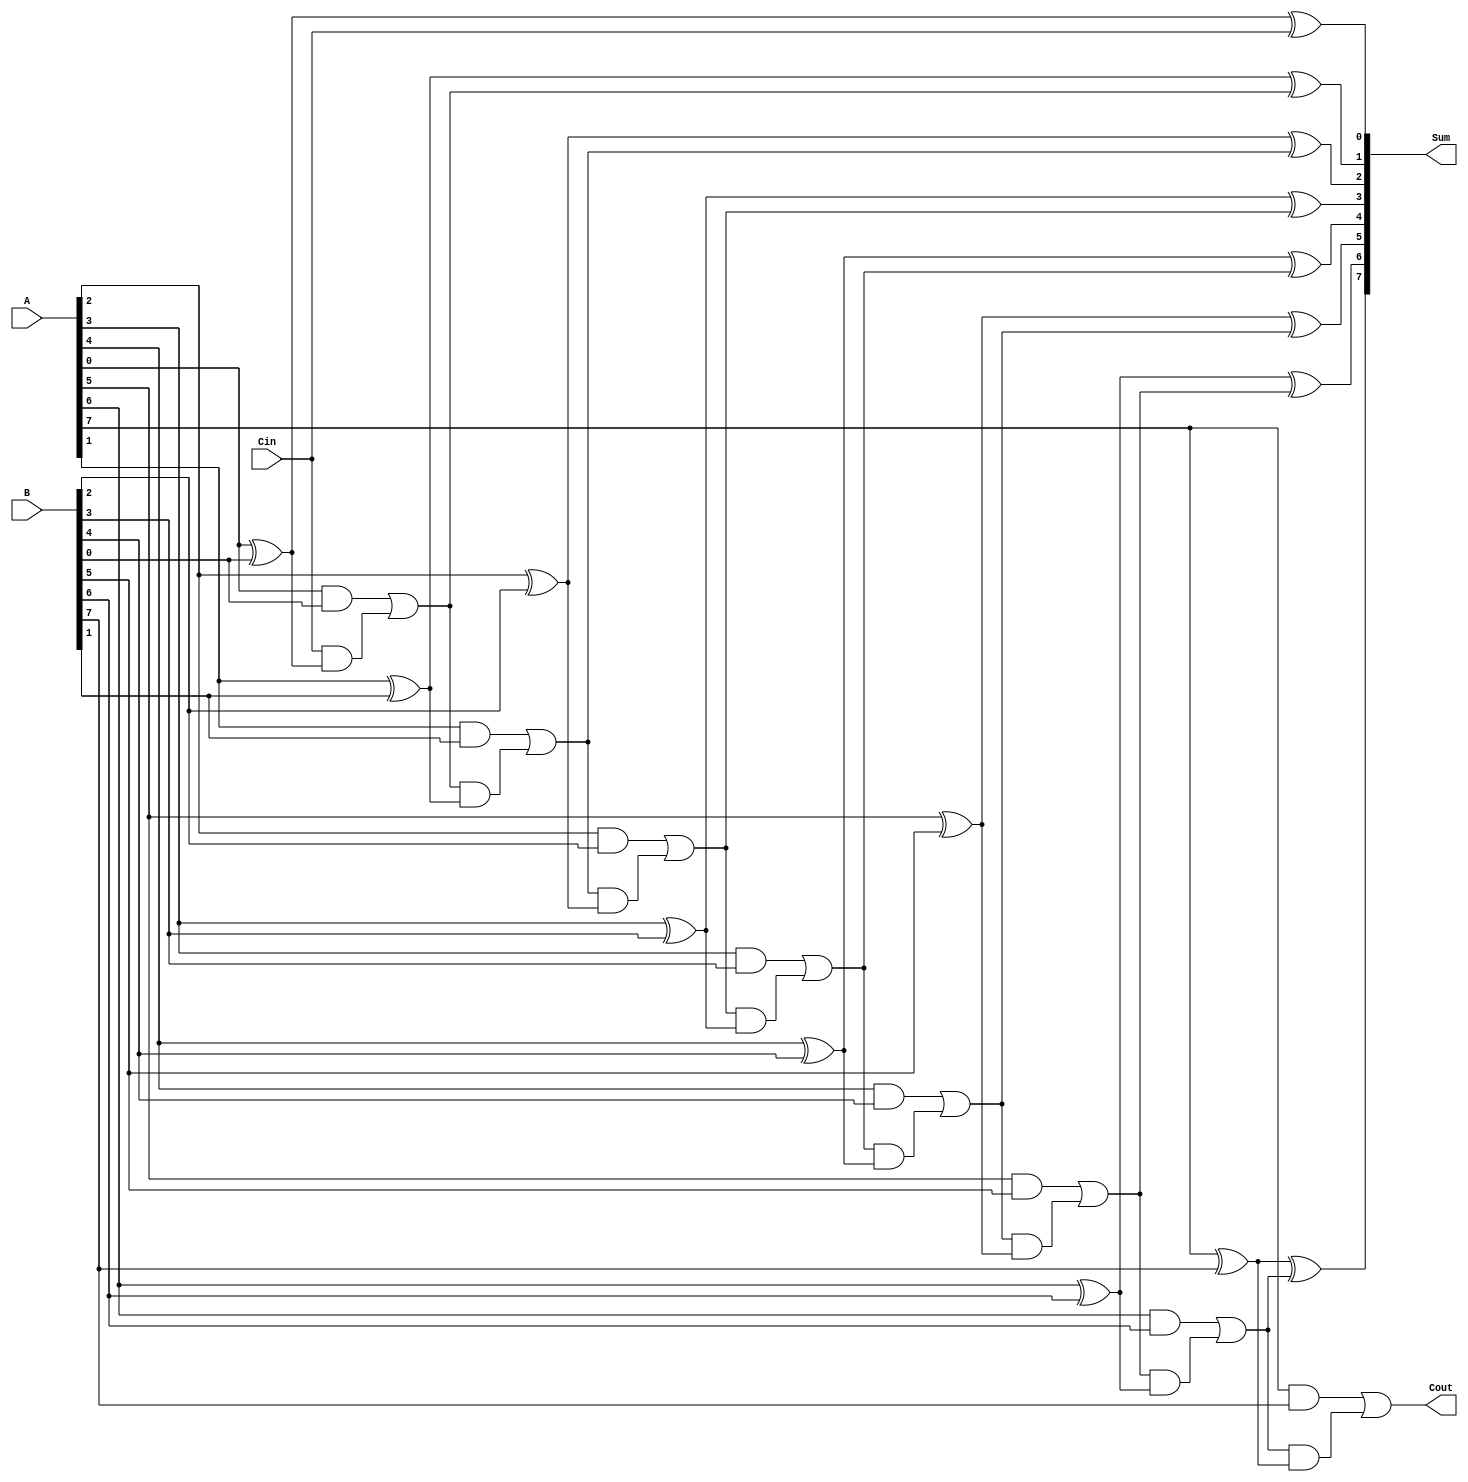
module ParallelFullAdder #(parameter N = 8) (
    input  wire [N-1:0] A,     // First operand
    input  wire [N-1:0] B,     // Second operand
    input  wire Cin,            // Carry input for the least significant bit
    output wire [N-1:0] Sum,    // Sum output
    output wire Cout            // Carry output for the most significant bit
);

    wire [N:0] carry;           // Carry signals for each bit

    // Initialize the carry input for the least significant bit
    assign carry[0] = Cin;

    // Generate the sum and carry for each bit
    genvar i;
    generate
        for (i = 0; i < N; i = i + 1) begin : full_adder
            assign Sum[i] = A[i] ^ B[i] ^ carry[i]; // Sum calculation
            assign carry[i+1] = (A[i] & B[i]) | (carry[i] & (A[i] ^ B[i])); // Carry calculation
        end
    endgenerate

    // The final carry output is the carry from the most significant bit
    assign Cout = carry[N];

endmodule